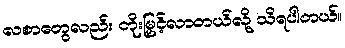
လစာတွေလည်း တိုးမြှင့်လာတယ်လို့ သိရပါတယ်။